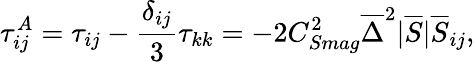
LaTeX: \tau_{ij}^{A}=\tau_{ij}-\frac{\delta_{ij}}{3}\tau_{kk}=-2C_{Smag}^{2}\overline{{\Delta}}^{2}|\overline{{S}}|\overline{{S}}_{ij},